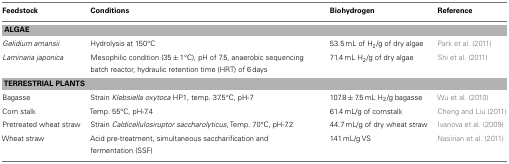
<table><thead><tr><td><b>Feedstock</b></td><td><b>Conditions</b></td><td><b>Biohydrogen</b></td><td><b>Reference</b></td></tr></thead><tbody><tr><td colspan="4"><b>ALGAE</b></td></tr><tr><td><i>Gelidium amansii</i></td><td>Hydrolysis at 150°C</td><td>53.5 mL of H<sub>2</sub>/g of dry algae</td><td>Park et al. (2011)</td></tr><tr><td><i>Laminaria japonica</i></td><td>Mesophilic condition (35 ± 1°C), pH of 7.5, anaerobic sequencing batch reactor, hydraulic retention time (HRT) of 6 days</td><td>71.4 mL H<sub>2</sub>/g of dry algae</td><td>Shi et al. (2011)</td></tr><tr><td colspan="4"><b>TERRESTRIAL PLANTS</b></td></tr><tr><td>Bagasse</td><td>Strain <i>Klebsiella oxytoca</i> HP1, temp. 37.5°C, pH-7</td><td>107.8 ± 7.5 mL H<sub>2</sub>/g bagasse</td><td>Wu et al. (2010)</td></tr><tr><td>Corn stalk</td><td>Temp. 55°C, pH-7.4</td><td>61.4 mL/g of cornstalk</td><td>Cheng and Liu (2011)</td></tr><tr><td>Pretreated wheat straw</td><td>Strain <i>Caldicellulosiruptor saccharolyticus</i>, Temp. 70°C, pH-7.2</td><td>44.7 mL/g of dry wheat straw</td><td>Ivanova et al. (2009)</td></tr><tr><td>Wheat straw</td><td>Acid pre-treatment, simultaneous saccharification and fermentation (SSF)</td><td>141 mL/g VS</td><td>Nasirian et al. (2011)</td></tr></tbody></table>